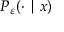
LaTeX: P _ { \varepsilon } ( \cdot \mid x )